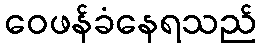
ဝေဖန်ခံနေရသည်